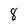
Character: 8